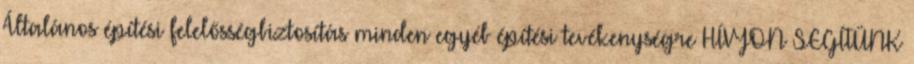
Általános építési felelősségbiztosítás minden egyéb építési tevékenységre HÍVJON SEGÍTÜNK